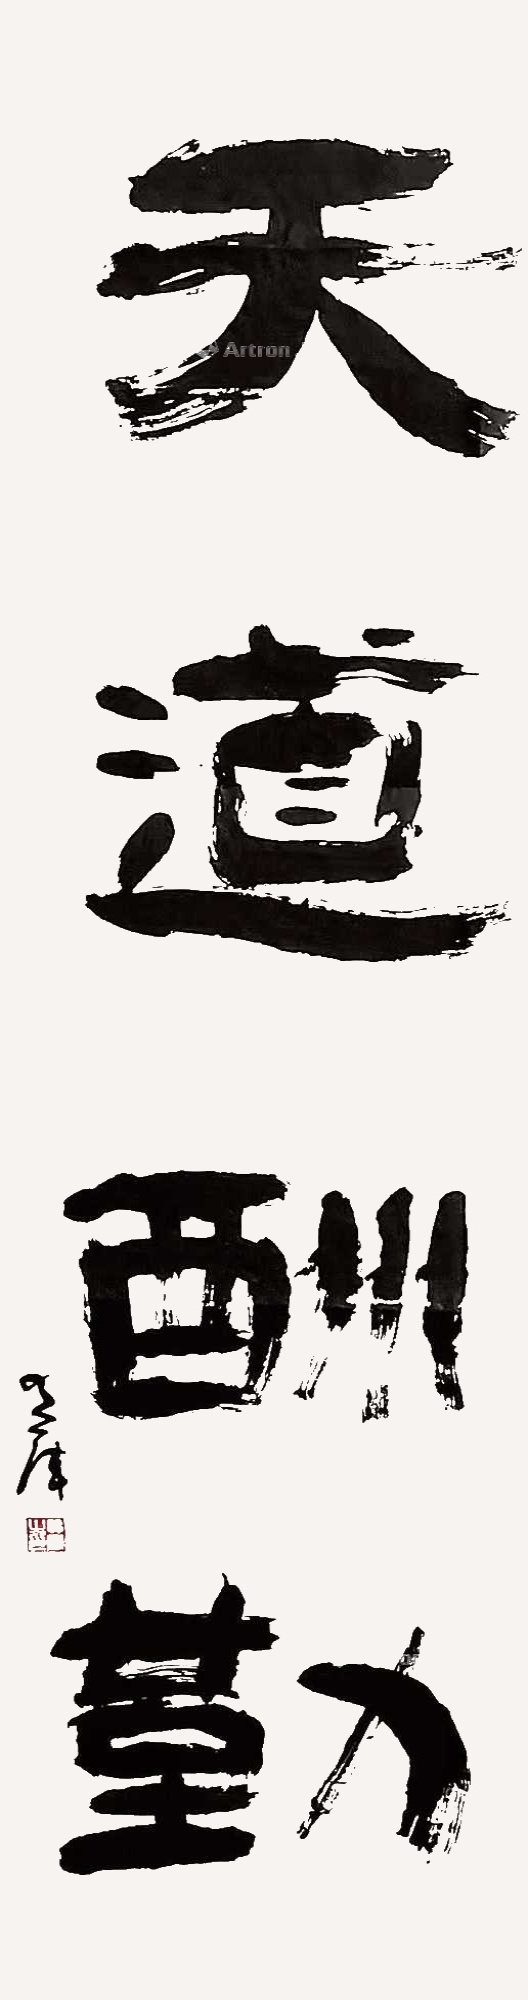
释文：天道酬勤黄库